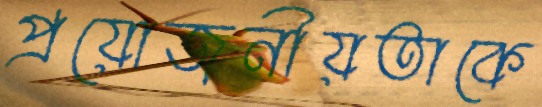
প্রয়োজনীয়তাকে